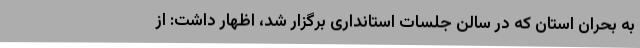
به بحران استان که در سالن جلسات استانداری برگزار شد، اظهار داشت: از